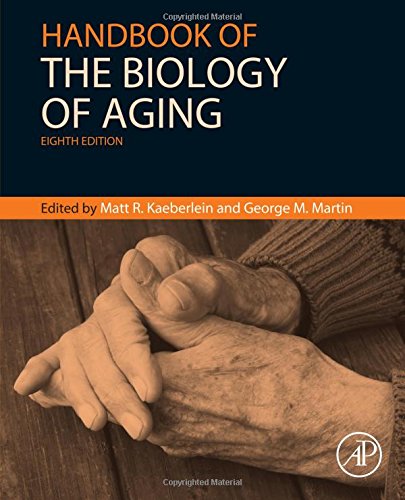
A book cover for Handbook of the Biology of Aging, Eighth Edition (Handbooks of Aging); Medical Books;